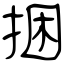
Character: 捆